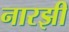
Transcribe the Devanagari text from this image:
नारझी